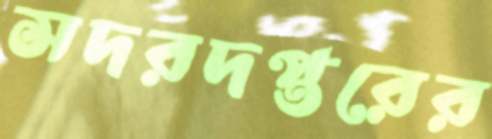
সদরদপ্তরের